Report of the Indian Hemp Drugs Commission, 1894-1895 - Volume V
Year: 1894
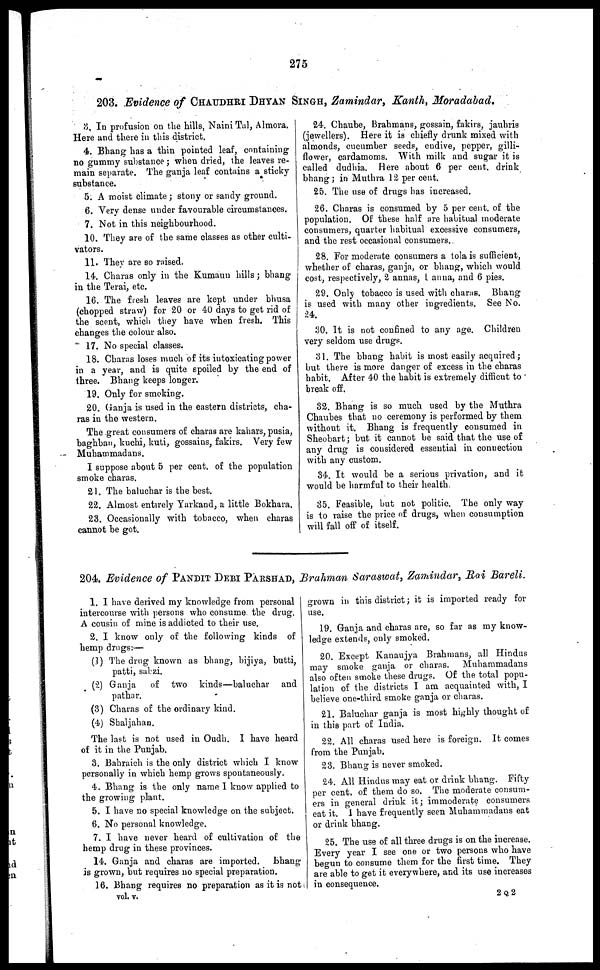
275
203. Evidence of CHAUDHRI DHYAN SINGH, Zamindar, Kanth, Moradabad.
3. In profusion on the hills, Naini Tal, Almora.
Here and there in this district.
4. Bhang has a thin pointed leaf, containing
no gummy substance ; when dried, the leaves re-
main separate. The ganja leaf contains a sticky
substance.
5. A moist climate ; stony or sandy ground.
6. Very dense under favourable circumstances.
7. Not in this neighbourhood.
10. They are of the same classes as other culti-
vators.
11. They are so raised.
14. Charas only in the Kumaun hills ; bhang
in the Terai, etc.
16. The fresh leaves are kept under bhusa
(chopped straw) for 20 or 40 days to get rid of
the scent, which they have when fresh. This
changes the colour also.
17. No special classes.
18. Charas loses much of its intoxicating power
in a year, and is quite spoiled by the end of
three. Bhang keeps longer.
19. Only for smoking.
20. Ganja is used in the eastern districts, cha-
ras in the western.
The great consumers of charas are kahars, pusia,
baghban, kuchi, kuti, gossains, fakirs. Very few
Muhammadans.
I suppose about 5 per cent. of the population
smoke charas.
21. The baluchar is the best.
22. Almost entirely Yarkand, a little Bokhara.
23. Occasionally with tobacco, when charas
cannot be got.
24. Chaube, Brahmans, gossain, fakirs, jauhris
(jewellers). Here it is chiefly drunk mixed with
almonds, cucumber seeds, endive, pepper, gilli-
flower, cardamoms. With milk and sugar it is
called dudhia. Here about 6 per cent. drink
bhang ; in Muthra 12 per cent.
25. The use of drugs has increased.
26. Charas is consumed by 5 per cent. of the
population. Of these half are habitual moderate
consumers, quarter habitual excessive consumers,
and the rest occasional consumers.
28. For moderate consumers a tola is sufficient,
whether of charas, ganja, or bhang, which would
cost, respectively, 2 annas, 1 anna, and 6 pies.
29. Only tobacco is used with charas. Bhang
is used with many other ingredients. See No.
24.
30. It is not confined to any age. Children
very seldom use drugs.
31. The bhang habit is most easily acquired ;
but there is more danger of excess in the charas
habit. After 40 the habit is extremely difficut to
break off.
32. Bhang is so much used by the Muthra
Chaubes that no ceremony is performed by them
without it. Bhang is frequently consumed in
Sheobart ; but it cannot be said that the use of
any drug is considered essential in connection
with any custom.
34. It would be a serious privation, and it
would be harmful to their health.
35. Feasible, but not politic. The only way
is to raise the price of drugs, when consumption
will fall off of itself.
204. Evidence of PANDIT DEBI PARSHAD, Brahman Saraswat, Zamindar, Rai Bareli.
1. I have derived my knowledge from personal
intercourse with persons who consume the drug.
A cousin of mine is addicted to their U6e.
2. I know only of the following kinds of
hemp drugs:—
(1) The drug known as bhang, bijiya, butti,
patti, sabzi.
(2) Ganja
of two kinds—baluchar and
pathar.
(3) Charas of the ordinary kind.
(4) Shaljahan.
The last is not used in Oudh. 1 have heard
of it in the Punjab.
3. Bahraich is the only district which I know
personally in which hemp grows spontaneously.
4. Bhang is the only name 1 know applied to
the growing plant.
5. I have no special knowledge on the subject.
6. No personal knowledge.
7. I have never heard of cultivation of the
hemp drug in these provinces.
14. Ganja and charas are imported. Bhang
is grown, but requires no special preparation.
16. Bhang requires no preparation as it is not
grown in this district ; it is imported ready for
use.
19. Ganja and charas are, so far as my know-
ledge extends, only smoked.
20. Except Kanaujya Brahmans, all Hindus
may smoke ganja or charas. Muhammadans
also often smoke these drugs. Of the total popu-
lation of the districts I am acquainted with, I
believe one-third smoke ganja or charas.
21. Baluchar ganja is most highly thought of
in this part of India.
22. All charas used here is foreign. It comes
from the Punjab.
23. Bhang is never smoked.
24. All Hindus may eat or drink bhang. Fifty
per cent. of them do so. The moderate consum-
ers in general drink it ; immoderate consumers
eat it. 1 have frequently seen Muhammadans eat
or drink bhang.
25. The use of all three drugs is on the increase.
Every year I see one or two persons who have
begun to consume them for the first time. They
are able to get it everywhere, and its use increases
in consequence.
vol. v.
2 Q 2